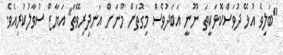
"ބަލިވެ އުޅޭ ދުވަސްކޮޅަކީތަ ނޫނީ އަބަދުވެސް މިގޮތަށް މޫނަށް އަނދިރިވޭތަ" އަޔާޒް ސުވާލުކުރިއެވެ.